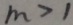
m > 1